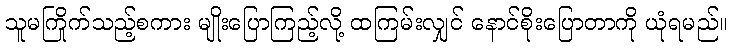
သူမကြိုက်သည့်စကား မျိုးပြောကြည့်လို့ ထကြမ်းလျှင် နောင်စိုးပြောတာကို ယုံရမည်။